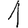
Digit: 1